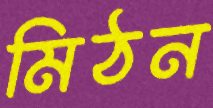
মিঠন